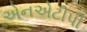
એનએટીપી